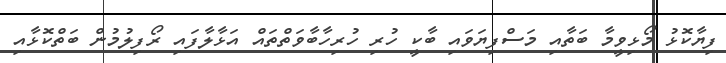
ފިޔާކޮޅު މޯޅިވީމާ ބަތާއި މަސްފިޔަވައި ބާކީ ހުރި ހުރިހާބާވަތްތައް އަޅާލާފައި ރޯފިލުމުން ބަތްކޮޅާއި